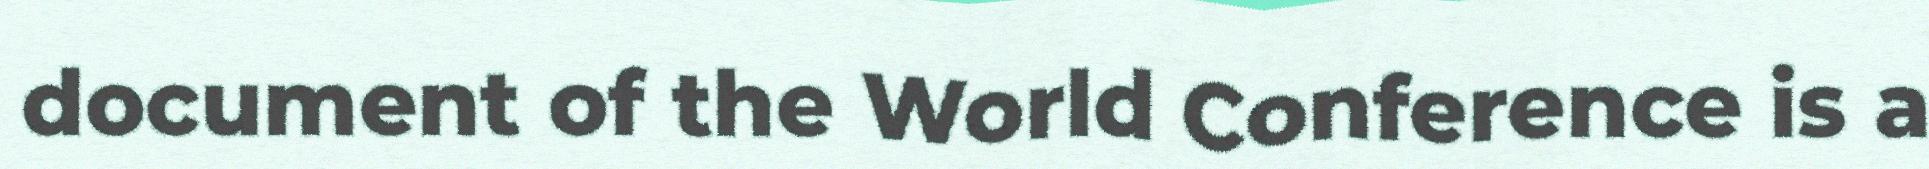
document of the World Conference is a